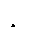
နဝါ